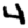
Digit: 4